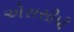
એસસીપી